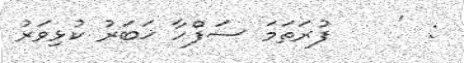
:  '    ފުރަތަމަ ސަފްހާ ޚަބަރު ކުޅިވަރު